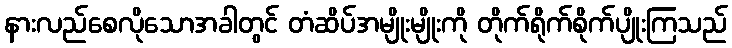
နားလည်စေလိုသောအခါတွင် တံဆိပ်အမျိုးမျိုးကို တိုက်ရိုက်စိုက်ပျိုးကြသည်